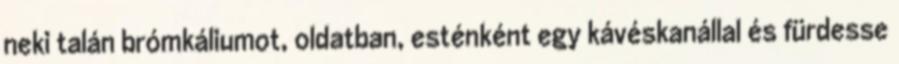
neki talán brómkáliumot, oldatban, esténként egy kávéskanállal és fürdesse